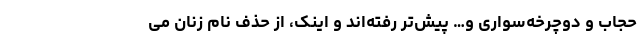
حجاب و دوچرخه‌سواری و… پیش‌تر رفته‌اند و اینک، از حذف نام زنان می